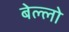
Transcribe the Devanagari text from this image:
बेल्लो